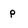
Character: p